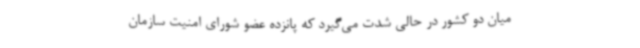
میان دو کشور در حالی شدت می‌گیرد که پانزده عضو شورای امنیت سازمان